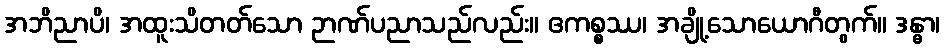
အဘိညာပိ၊ အထူးသိတတ်သော ဉာဏ်ပညာသည်လည်း။ ဧကစ္စဿ၊ အချို့သောယောဂီတွက်။ ဒန္ဓာ၊